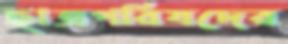
ছাত্রপরিষদের